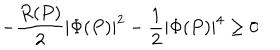
LaTeX: - \frac { R ( P ) } { 2 } | \Phi ( P ) | ^ { 2 } - \frac { 1 } { 2 } | \Phi ( P ) | ^ { 4 } \ge 0